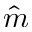
\hat { m }